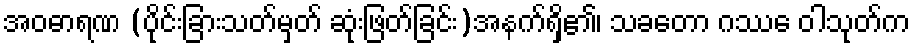
အဝဓာရဏ (ပိုင်းခြားသတ်မှတ် ဆုံးဖြတ်ခြင်း)အနက်ရှိ၏၊ သခတော ဂဿေ ဝါသုတ်က